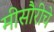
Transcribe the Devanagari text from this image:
मीसौरीचे